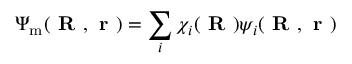
\Psi _ { \mathrm { m } } ( \textbf { R } , \textbf { r } ) = \sum _ { i } \chi _ { i } ( \textbf { R } ) \psi _ { i } ( \textbf { R } , \textbf { r } )